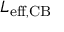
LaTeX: L _ { \mathrm { e f f , C B } }